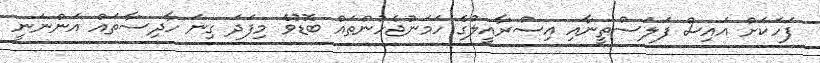
ފަހަކަށް އައިސް ފަލަސްތީނާއި އިސްރާއީލުގެ ހަމަނުޖެހުންތައް ބޮޑުވެ މިފަދަ ގިނަ ހާދިސާތައް އަންނަނީ